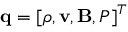
\mathbf { q } = [ \rho , \mathbf { v } , \mathbf { B } , P ] ^ { T }